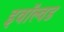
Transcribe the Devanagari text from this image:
इवॉल्वड